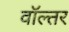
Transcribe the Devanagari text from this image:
वॉल्तर